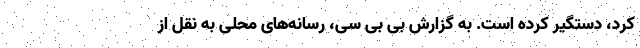
کرد، دستگیر کرده است. به گزارش بی بی سی، رسانه‌های محلی به نقل از